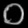
Digit: ၀